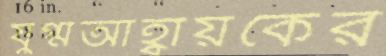
যুগ্মআহ্বায়কের